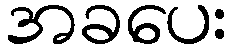
အခပေး